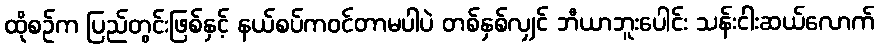
ထိုစဉ်က ပြည်တွင်းဖြစ်နှင့် နယ်စပ်ကဝင်တာမပါပဲ တစ်နှစ်လျှင် ဘီယာဘူးပေါင်း သန်းငါးဆယ်လောက်